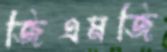
জিএমজি